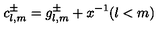
c _ { l , m } ^ { \pm } = g _ { l , m } ^ { \pm } + x ^ { - 1 } ( l < m )